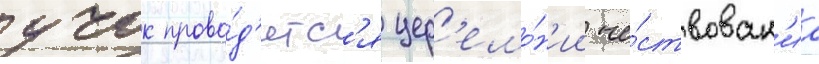
учок прово́д'ятс'я цер'емо́н'ии че́ствован'иа